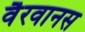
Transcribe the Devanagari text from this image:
वैरवानस